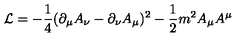
{ \cal L } = - \frac { 1 } { 4 } ( \partial _ { \mu } A _ { \nu } - \partial _ { \nu } A _ { \mu } ) ^ { 2 } - \frac { 1 } { 2 } m ^ { 2 } A _ { \mu } A ^ { \mu }